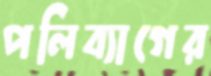
পলিব্যাগের